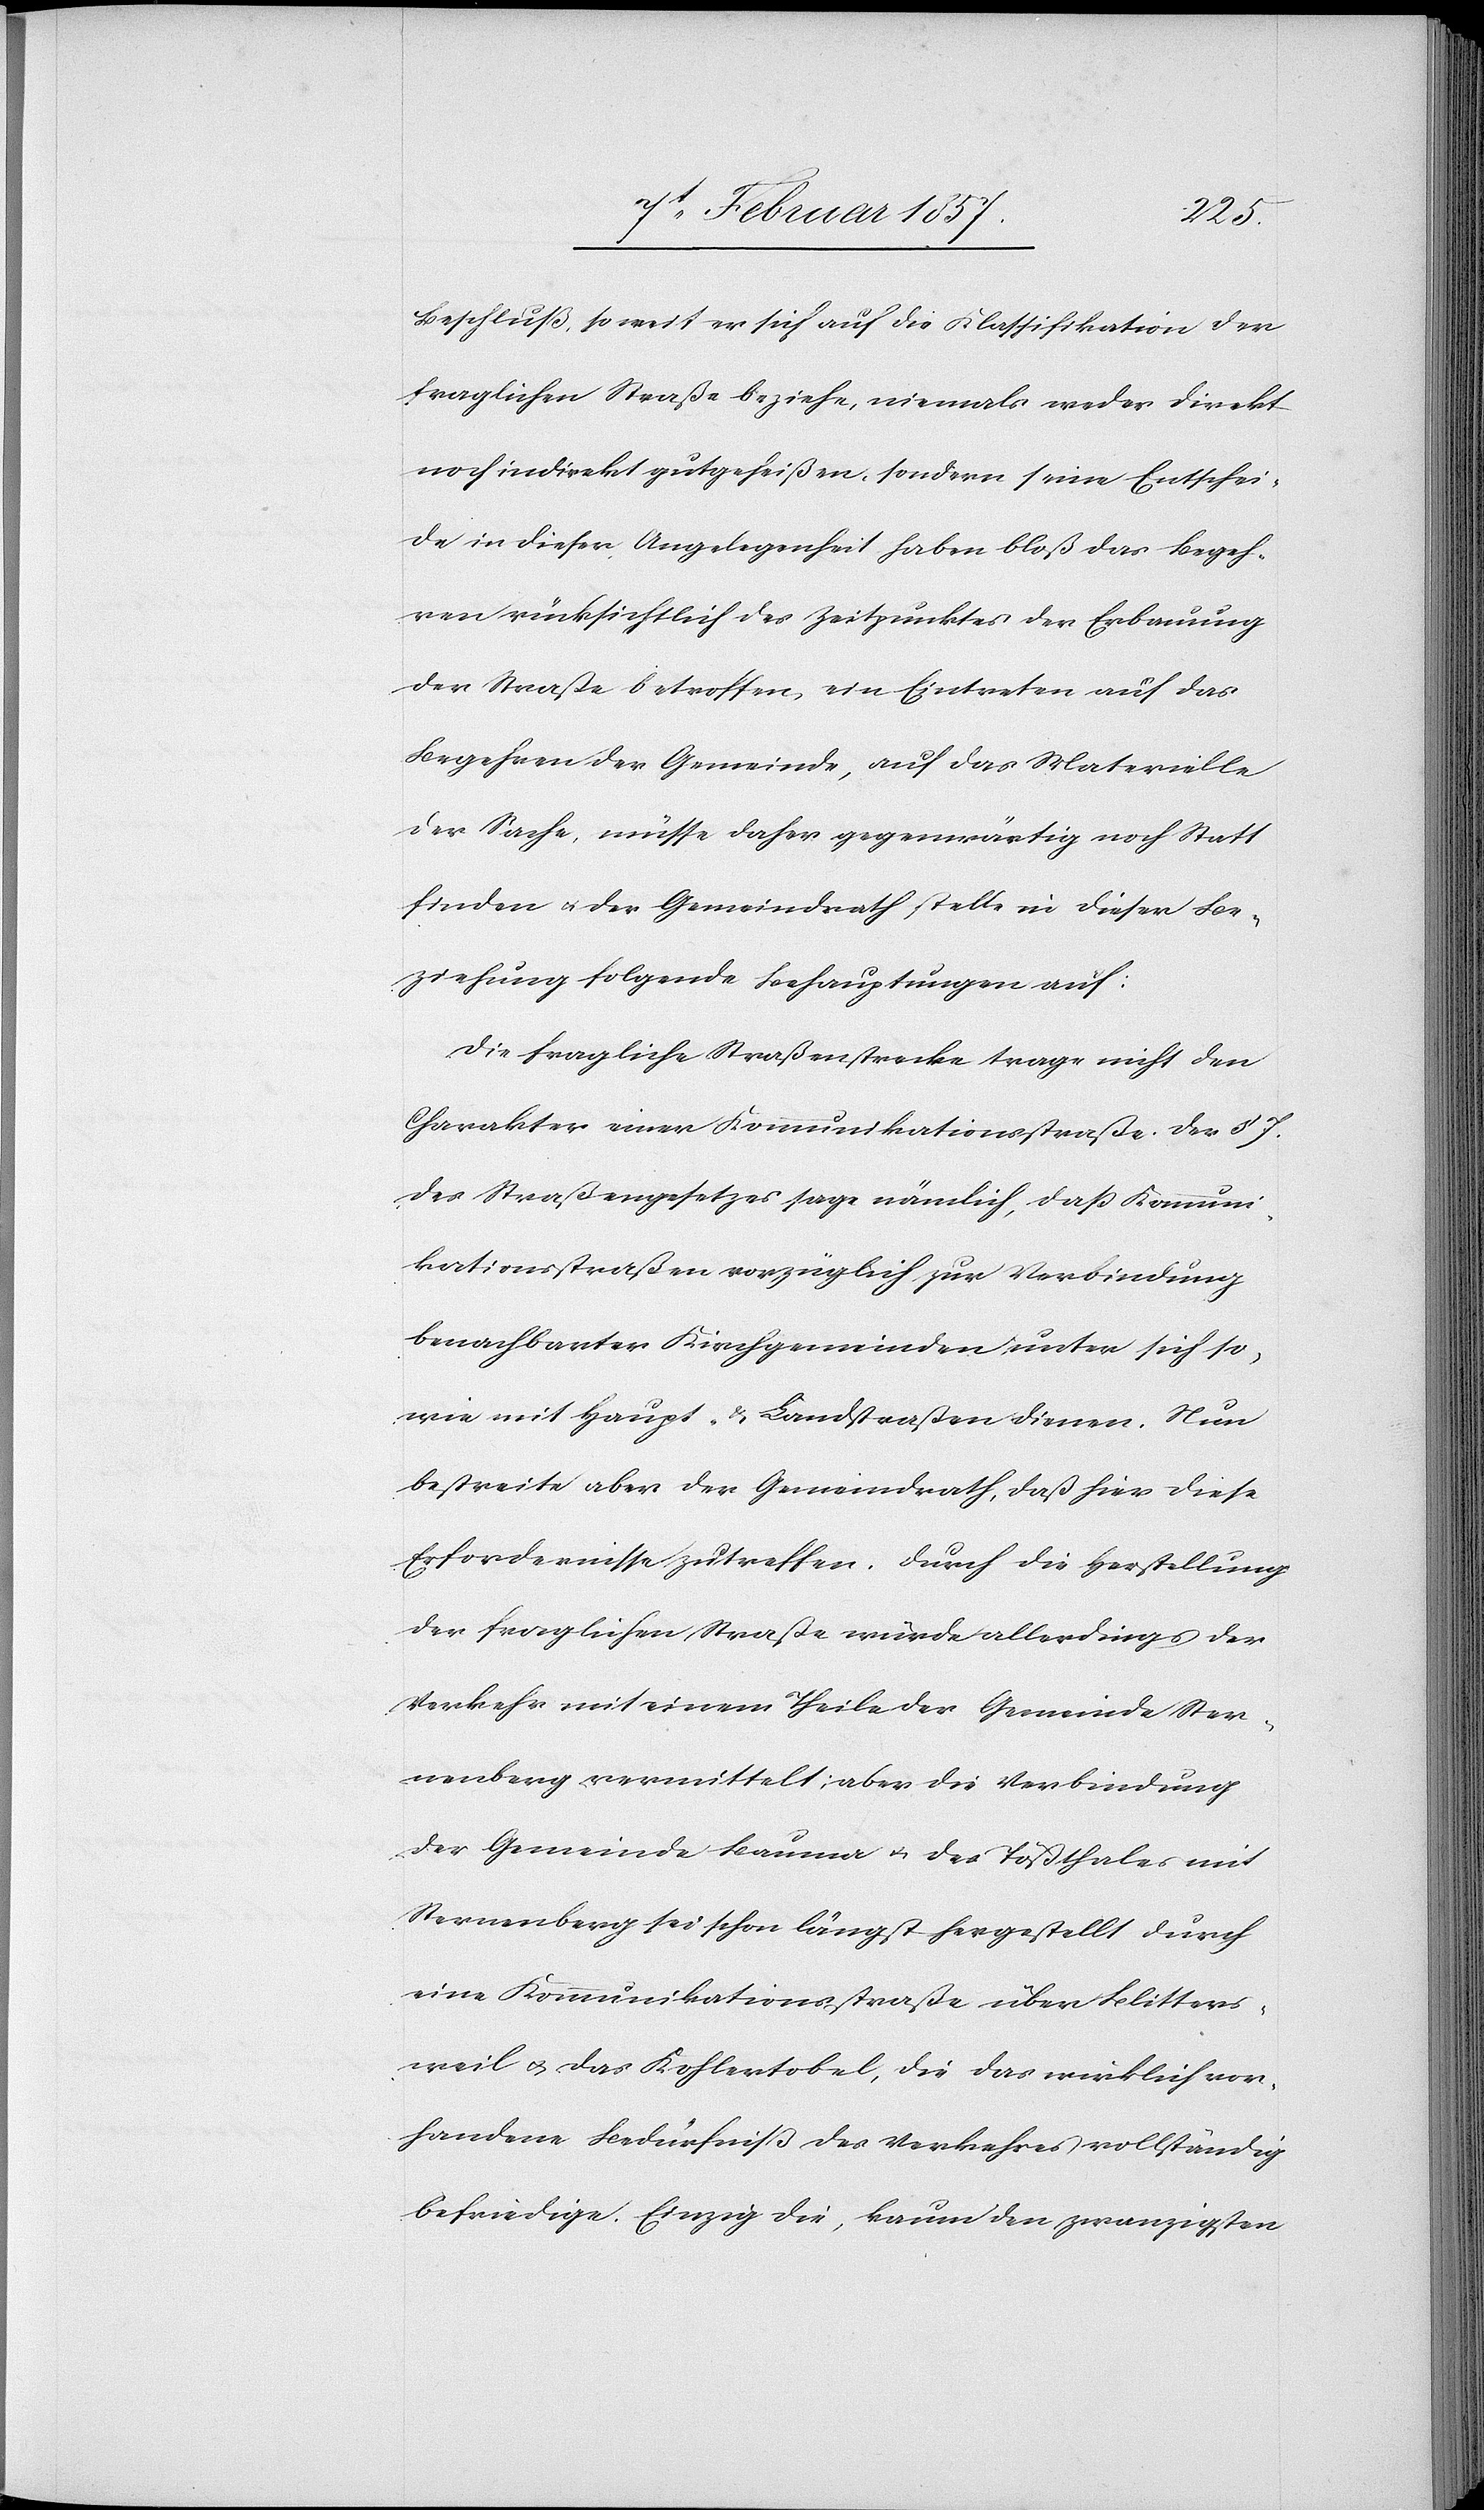
Beschluß, so weit er sich auf die Klassifikation der
fraglichen Straße beziehe, niemals weder direkt
noch indirekt gutgeheißen, sondern seine Entschei¬
de in dieser Angelegenheit haben bloß das Begeh¬
ren rücksichtlich des Zeitpunktes der Erbauung
der Straße betroffen, ein Eintreten auf das
Begehren der Gemeinde, auf das Materielle
der Sache, müsse daher gegenwärtig noch Statt
finden u. der Gemeindrath stelle in dieser Be¬
ziehung folgende Behauptungen auf:
Die fragliche Straßenstrecke trage nicht den
Charakter einer Kommunikationsstraße. Der § 7.
des Straßengesetzes sage nämlich, daß Kommuni¬
kationsstraßen vorzüglich zur Verbindung
benachbarten Kirchgemeinden unter sich so¬
wie mit Haupt- u. Landstraßen dienen. Nun
bestreite aber der Gemeindrath, daß hier diese
Erfordernisse zutreffen. Durch die Herstellung
der fraglichen Straße würde allerdings der
Verkehr mit einem Theile der Gemeinde Ster¬
nenberg vermittelt; aber die Verbindung
der Gemeinde Bauma u. des Tößthales mit
Sternenberg sei schon längst hergestellt durch
eine Kommunikationsstraße über Blitters¬
weil u. das Kohlertobel, die das würklich vor¬
handene Bedürfniß des Verkehres vollständig
befriedige. Einzig die, kaum den zwanzigsten